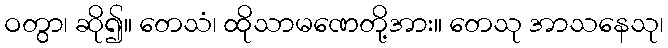
ဝတွာ၊ ဆို၍။ တေသံ၊ ထိုသာမဏေတို့အား။ တေသု အာသနေသု၊